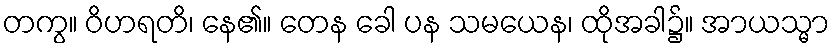
တကွ။ ဝိဟရတိ၊ နေ၏။ တေန ခေါ ပန သမယေန၊ ထိုအခါ၌။ အာယသ္မာ